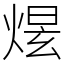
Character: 𤋉